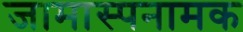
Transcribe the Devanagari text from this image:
जामास्पनामक